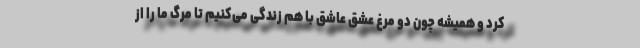
کرد و همیشه چون دو مرغ عشق عاشق با هم زندگی می‌کنیم تا مرگ ما را از